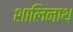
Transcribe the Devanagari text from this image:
शालिनाथ